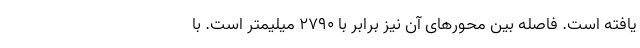
یافته است. فاصله بین محورهای آن نیز برابر با 2790 میلیمتر است. با